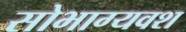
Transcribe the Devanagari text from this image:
सोभाग्यवश